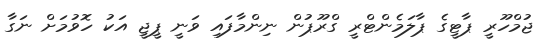
ޖުމްހޫރީ ޕާޓީގެ ޕާލަމެންޓްރީ ގްރޫޕުން ނިންމާފައި ވަނީ ޕީޖީ އަކު ހޮވުމަށް ނަގާ